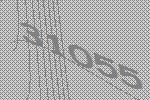
31055